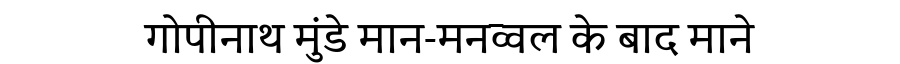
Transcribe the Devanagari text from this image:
गोपीनाथ मुंडे मान-मनव्वल के बाद माने